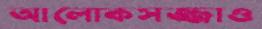
আলোকসজ্জাও